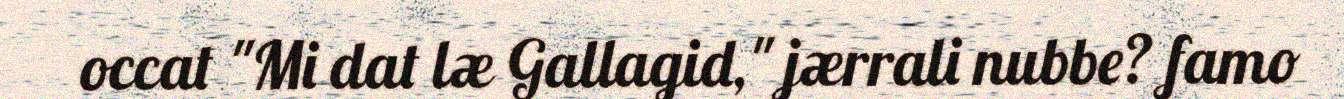
occat "Mi dat læ Gallagid," jærrali nubbe? famo